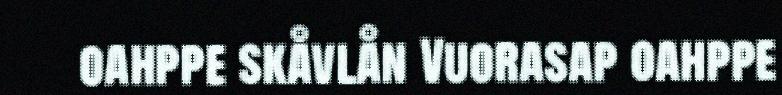
oahppe skåvlån Vuorasap oahppe